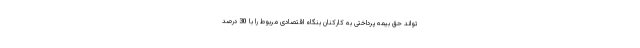
تواند حق بیمه پرداختی به کارکنان بنگاه اقتصادی مربوط را با 30 درصد